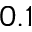
0 . 1